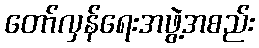
တော်လှန်ရေးအဖွဲ့အစည်း